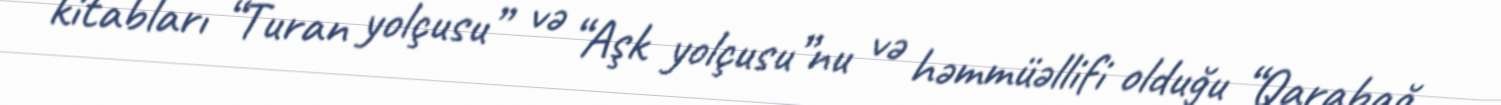
kitabları “Turan yolçusu” və “Aşk yolçusu”nu və həmmüəllifi olduğu “Qarabağ